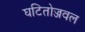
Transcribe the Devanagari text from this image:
घटितोज्जवल